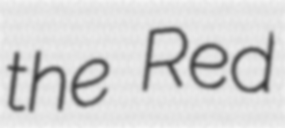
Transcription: the Red